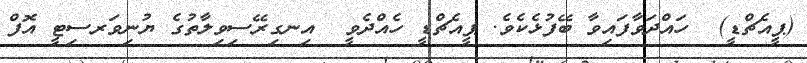
(ޕީއެޗްޑީ)  ހައްދަވާފައިވާ ބޭފުޅެކެވެ. ޕީއެޗްޑީ ހެއްދެވީ  އިނގިރޭސިވިލާތުގެ ޔުނިވަރސިޓީ އޮފް